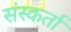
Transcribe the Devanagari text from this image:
संस्कर्ता